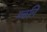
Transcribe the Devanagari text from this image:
मछलि